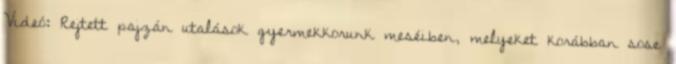
Videó: Rejtett pajzán utalások gyermekkorunk meséiben, melyeket korábban sose